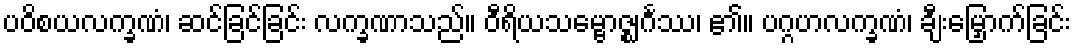
ပဝိစယလက္ခဏံ၊ ဆင်ခြင်ခြင်း လက္ခဏာသည်။ ဝီရိယသမ္ဗောဇ္ဈင်္ဂဿ၊ ၏။ ပဂ္ဂဟလက္ခဏံ၊ ချီးမြှောက်ခြင်း